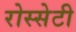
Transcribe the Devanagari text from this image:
रोस्सेटी